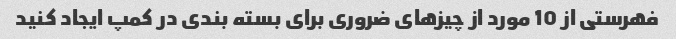
فهرستی از 10 مورد از چیزهای ضروری برای بسته بندی در کمپ ایجاد کنید